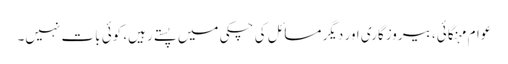
عوام مہنگائی، بیروزگاری اور دیگر مسائل کی چکی میں پستے رہیں، کوئی بات نہیں۔